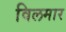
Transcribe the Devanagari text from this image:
विलमार